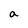
Character: a